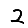
Digit: 2